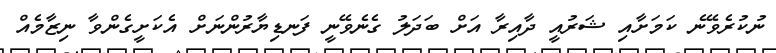
ނުކުރެވޭނެ ކަމަށާއި ޝަރުއީ ދާއިރާ އަށް ބަދަލު ގެނެވޭނީ ފަނޑިޔާރުންނަށް އެކަށީގެންވާ ނިޒާމެއް